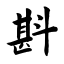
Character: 斟